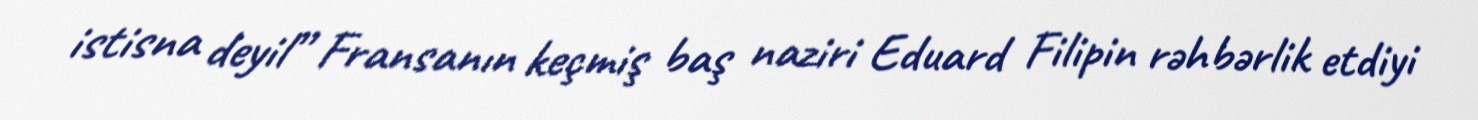
istisna deyil” Fransanın keçmiş baş naziri Eduard Filipin rəhbərlik etdiyi